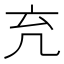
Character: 𠘺